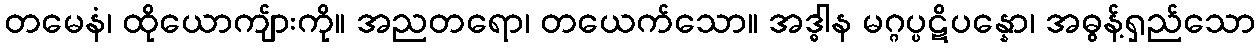
တမေနံ၊ ထိုယောကျ်ားကို။ အညတရော၊ တယေက်သော။ အဒ္ဓါန မဂ္ဂပ္ပဋိပန္နော၊ အဓွန့်ရှည်သော